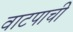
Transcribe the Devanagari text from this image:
वाटपाची